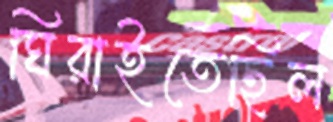
ঘিরাইতেছিল